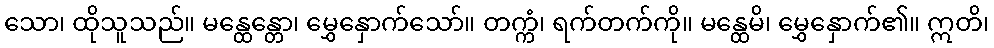
သော၊ ထိုသူသည်။ မန္ထေန္တော၊ မွှေနှောက်သော်။ တက္ကံ၊ ရက်တက်ကို။ မန္ထေမိ၊ မွှေနှောက်၏။ ဣတိ၊